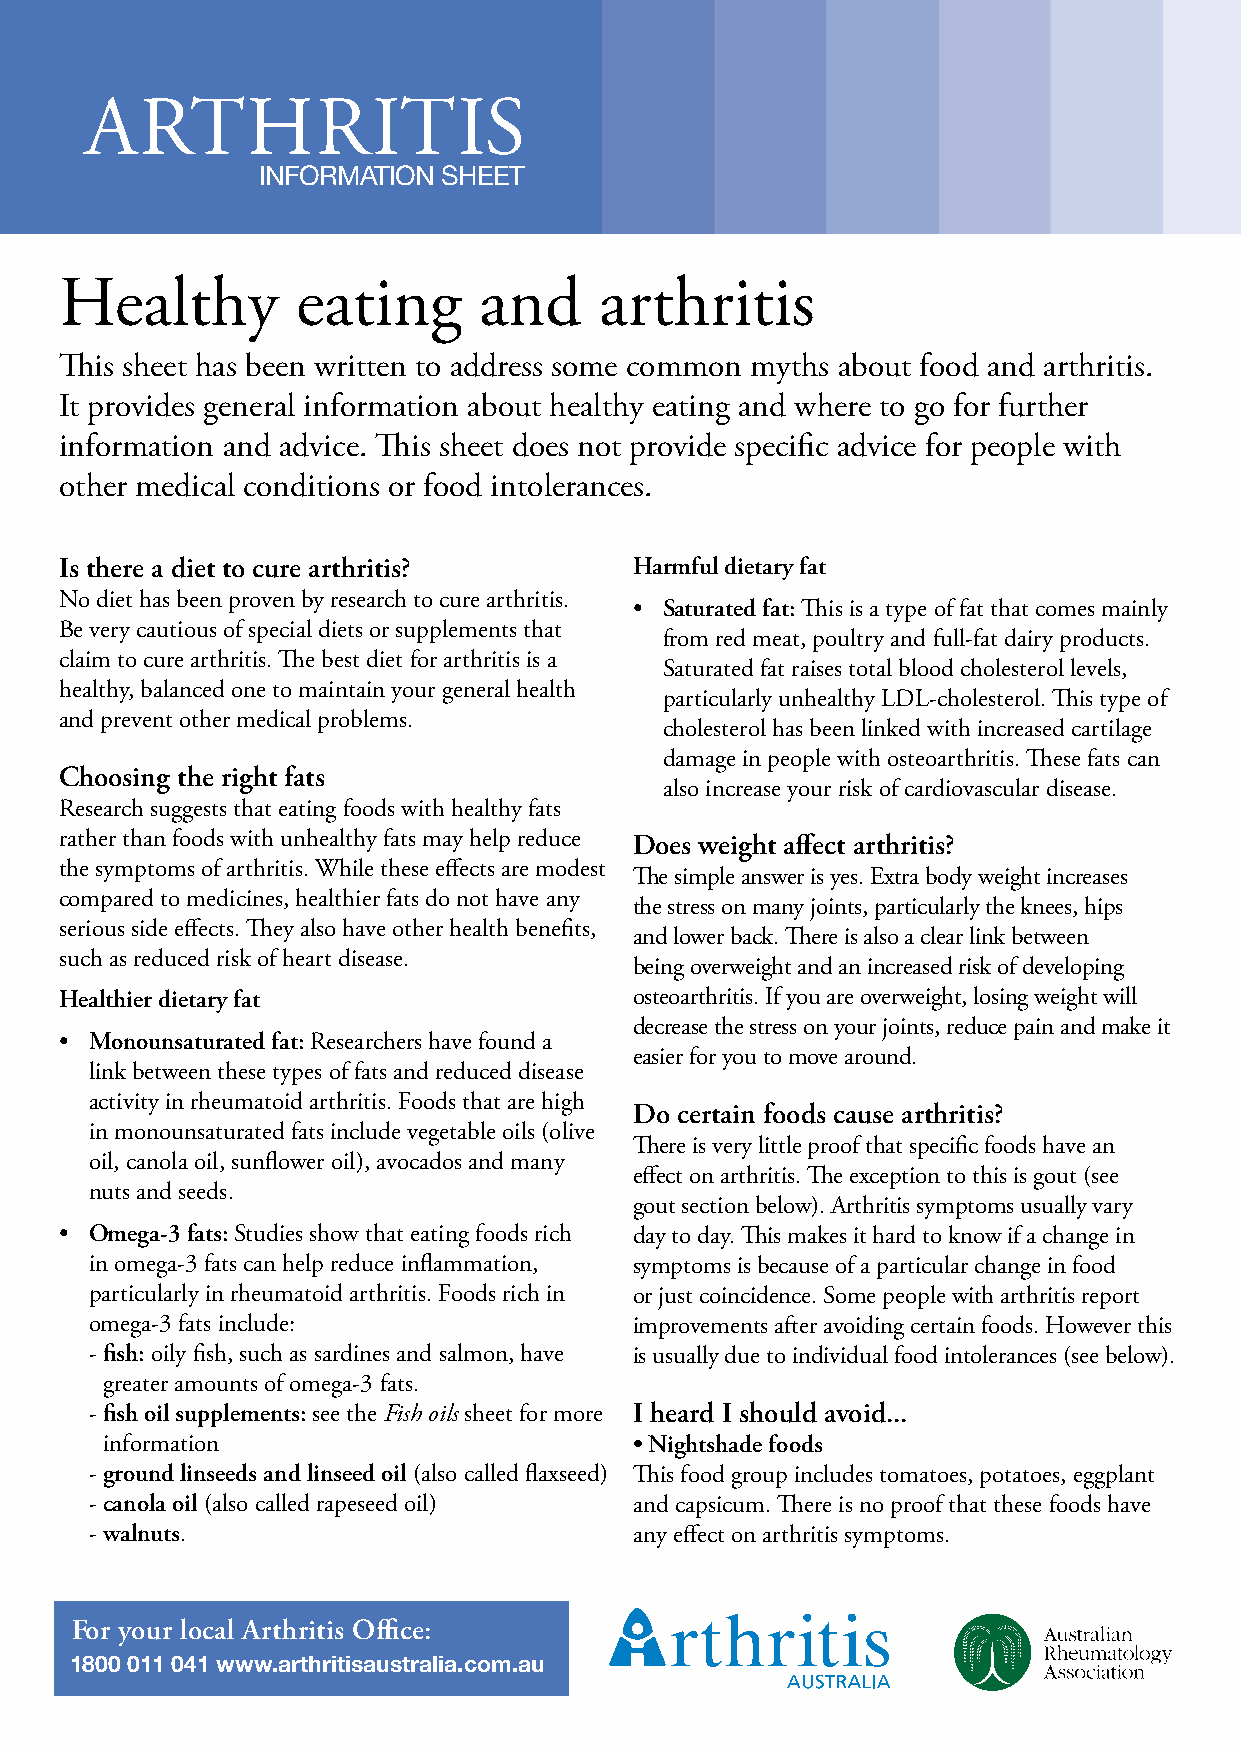
ARTHRITIS
 INFORMATION SHEET
 Healthy         eating      and     arthritis
 This sheet has been written to address some common myths about food and arthritis.
 It provides general information about healthy eating and where to go for further
 information and advice. This sheet does not provide specific advice for people with
 other medical conditions or food intolerances.
 Is there a diet to cure arthritis?    Harmful dietary fat
 No diet has been proven by research to cure arthritis.
 • Saturated fat: This is a type of fat that comes mainly
 Be very cautious of special diets or supplements that
 from red meat, poultry and full-fat dairy products.
 claim to cure arthritis. The best diet for arthritis is a
 Saturated fat raises total blood cholesterol levels,
 healthy, balanced one to maintain your general health
 particularly unhealthy LDL-cholesterol. This type of
 and prevent other medical problems.
 cholesterol has been linked with increased cartilage
 damage in people with osteoarthritis. These fats can
 Choosing the right fats
 also increase your risk of cardiovascular disease.
 Research suggests that eating foods with healthy fats
 rather than foods with unhealthy fats may help reduce Does weight affect arthritis?
 the symptoms of arthritis. While these effects are modest
 The simple answer is yes. Extra body weight increases
 compared to medicines, healthier fats do not have any
 the stress on many joints, particularly the knees, hips
 serious side effects. They also have other health benefits,
 and lower back. There is also a clear link between
 such as reduced risk of heart disease.
 being overweight and an increased risk of developing
 Healthier dietary fat                 osteoarthritis. If you are overweight, losing weight will
 decrease the stress on your joints, reduce pain and make it
 • Monounsaturated fat: Researchers have found a
 easier for you to move around.
 link between these types of fats and reduced disease
 activity in rheumatoid arthritis. Foods that are high
 Do certain foods cause arthritis?
 in monounsaturated fats include vegetable oils (olive
 There is very little proof that specific foods have an
 oil, canola oil, sunflower oil), avocados and many
 effect on arthritis. The exception to this is gout (see
 nuts and seeds.
 gout section below). Arthritis symptoms usually vary
 • Omega-3 fats: Studies show that eating foods rich day to day. This makes it hard to know if a change in
 in omega-3 fats can help reduce inflammation, symptoms is because of a particular change in food
 particularly in rheumatoid arthritis. Foods rich in or just coincidence. Some people with arthritis report
 omega-3 fats include:               improvements after avoiding certain foods. However this
 - fish: oily fish, such as sardines and salmon, have is usually due to individual food intolerances (see below).
 greater amounts of omega-3 fats.
 - fish oil supplements: see the Fish oils sheet for more I heard I should avoid...
 information                        • Nightshade foods
 - ground linseeds and linseed oil (also called flaxseed) This food group includes tomatoes, potatoes, eggplant
 - canola oil (also called rapeseed oil) and capsicum. There is no proof that these foods have
 - walnuts.                          any effect on arthritis symptoms.
 For your local Arthritis Office:
 1800 011 041 www.arthritisaustralia.com.au